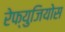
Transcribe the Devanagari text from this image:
रेफ्युजियोस